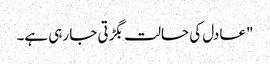
"عادل کی حالت بگڑتی جا رہی ہے۔